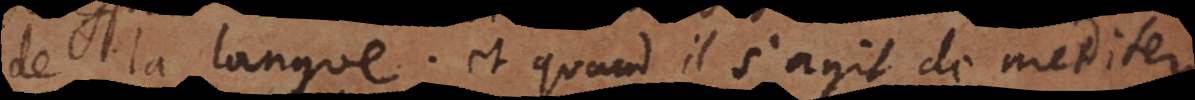
de la langue; et quand il s’agit de mediter,